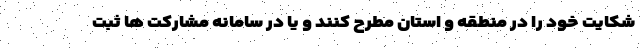
شکایت خود را در منطقه و استان مطرح کنند و یا در سامانه مشارکت ها ثبت